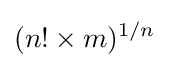
(n!\times m)^{1/n}